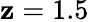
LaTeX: \mathbf{z}=1.5